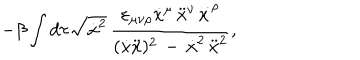
- \beta \int d \tau \sqrt { \dot { x } ^ { 2 } } \, \frac { \varepsilon _ { \mu \nu \rho } \dot { x } ^ { \mu } \, \ddot { x } ^ { \nu } \stackrel { \ldots } { x } ^ { \rho } } { { ( \dot { x } \ddot { x } ) ^ { 2 } \, - \, \dot { x } ^ { 2 } \, \ddot { x } ^ { 2 } } } ,